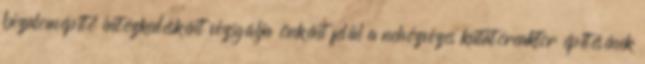
bizalomépítő intézkedésként vizsgálja önként felül a nehézvizes kutatóreaktor építésének